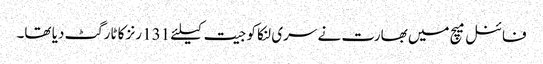
فائنل میچ میں بھارت نے سری لنکا کو جیت کیلئے 131 رنز کا ٹارگٹ دیا تھا۔